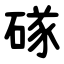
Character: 䃍